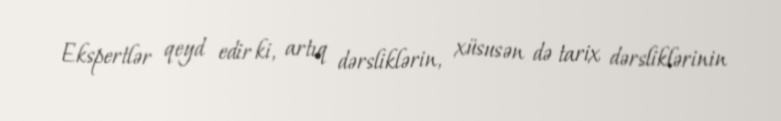
Ekspertlər qeyd edir ki, artıq dərsliklərin, xüsusən də tarix dərsliklərinin